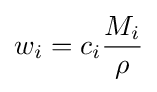
w_{i}=c_{i}{\frac {M_{i}}{\rho }}